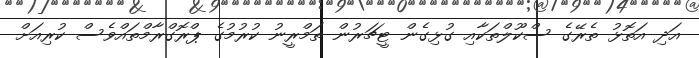
އަދި އަތޮޅު ތެރޭގެ ސްކޫލްތަކާއި ގުޅިގެން ޓީޗަރުން ތަމްރީނު ކުރުމުގެ ޕްރޮގްރާމްތައްވެސް ކުރިއަށް